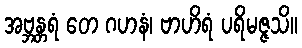
အဗ္ဘန္တရံ တေ ဂဟနံ၊ ဗာဟိရံ ပရိမဇ္ဇသိ။